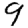
Digit: 9